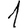
Digit: 1